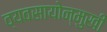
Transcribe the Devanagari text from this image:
व्यवसायोन्मुखी